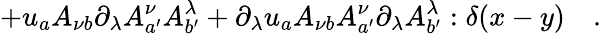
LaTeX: +u_{a}A_{\nu b}\partial_{\lambda}A_{a^{\prime}}^{\nu}A_{b^{\prime}}^{\lambda}+\partial_{\lambda}u_{a}A_{\nu b}A_{a^{\prime}}^{\nu}\partial_{\lambda}A_{b^{\prime}}^{\lambda}:\delta(x-y)\quad.